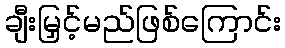
ချီးမြှင့်မည်ဖြစ်ကြောင်း